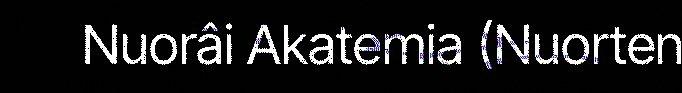
Nuorâi Akatemia (Nuorten